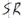
Text: SR